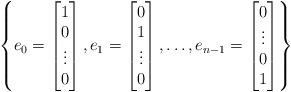
LaTeX: \begin{gather*}\left\{e_{0}= \begin{bmatrix} 1\\0\\\vdots\\0\end{bmatrix},e_{1}=\begin{bmatrix} 0\\1\\\vdots\\0\end{bmatrix},\dots,e_{n-1}=\begin{bmatrix} 0\\\vdots\\0\\1\end{bmatrix}\right\}\end{gather*}